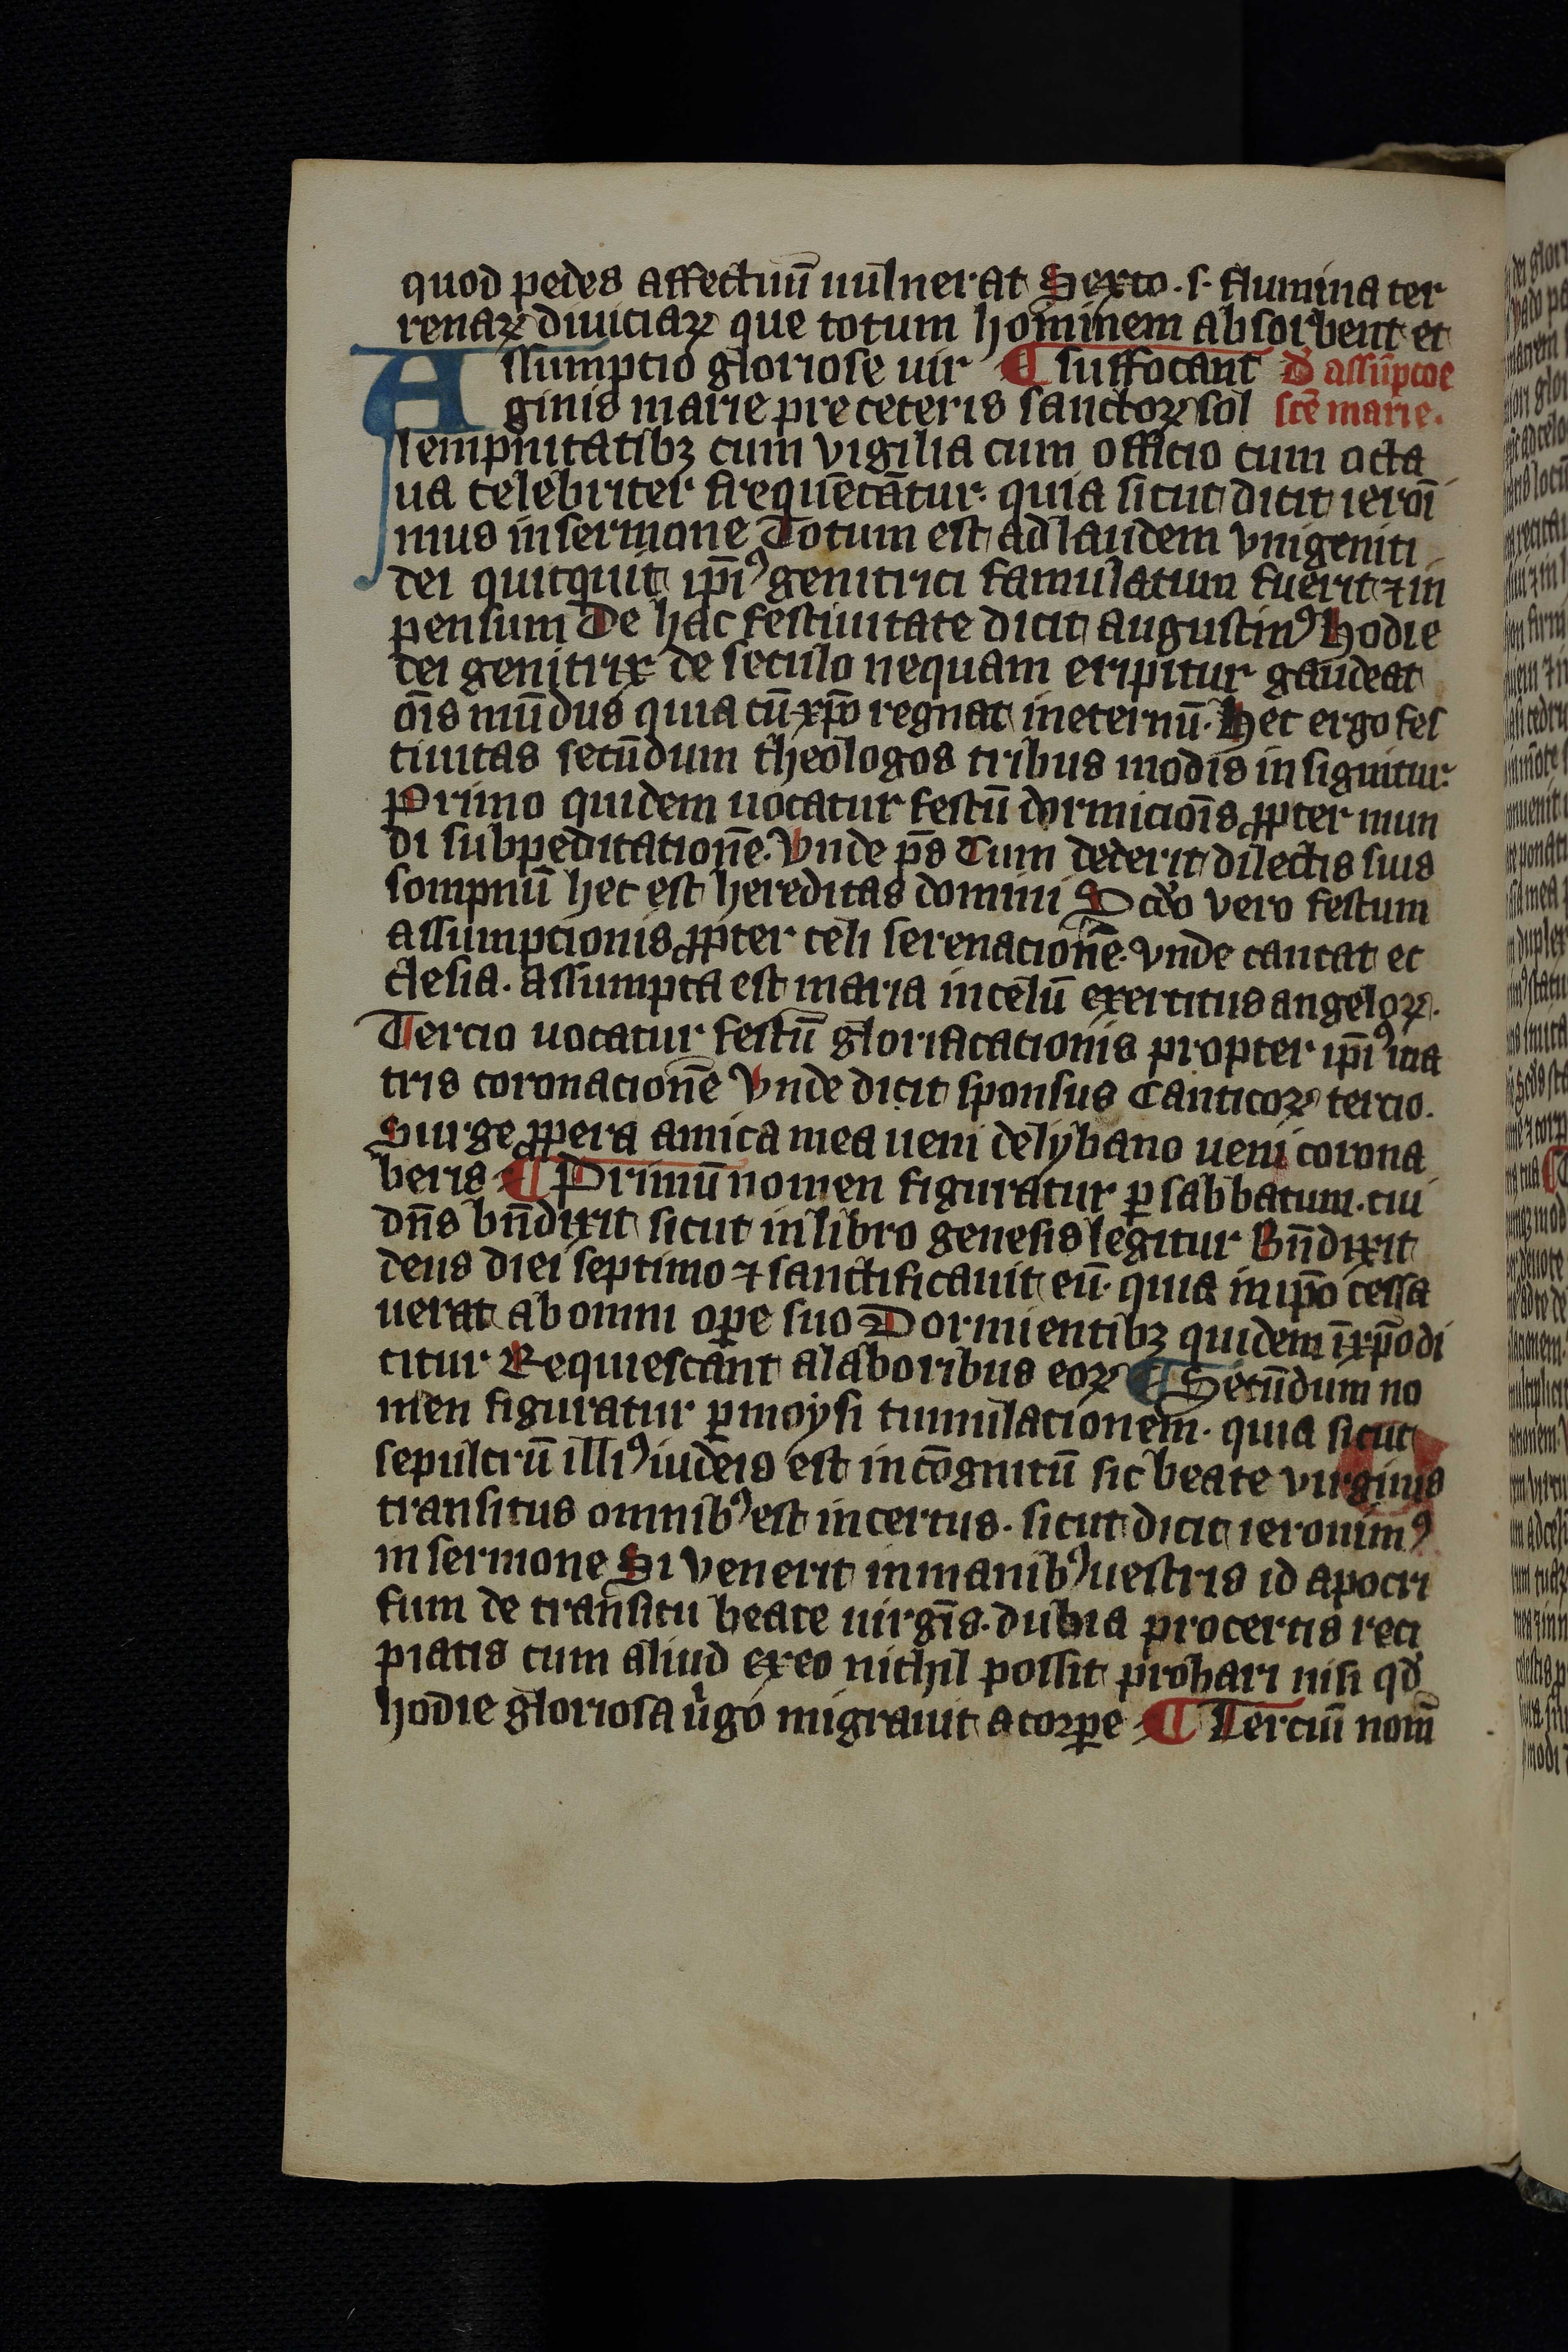
Shelfmark: Leipzig, Universitäts Bibliothek Leipzig, Ms 758
Century: 14